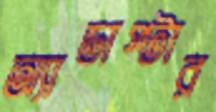
অ্যাডাপ্টার